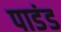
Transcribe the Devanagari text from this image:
पाडंड